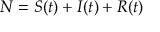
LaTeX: N = S ( t ) + I ( t ) + R ( t )